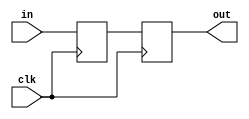
/*****************************************************************************
*
* Description:  synchronizes external signals to internal clock with flops
* Language:     Verilog
* Package:      N/A
*
* (C) Copyright 2017, Simplexity Product Development, all rights reserved.
*
*  Date    By  Modification
*-------- ---- ---------------------------------------------------------------
*01/04/17 TNK   Initial version
******************************************************************************/
`timescale 100ps / 1ps
module syncflops #(parameter BITS=1)
(
 input clk,
 input [BITS-1:0] in,
 output reg [BITS-1:0] out
);

   reg  [BITS-1:0] sync1;

   // synchronize incoming signal
   always @(posedge clk)
     begin
        sync1 <= in;
        out   <= sync1;
     end
endmodule